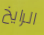
الرايخ